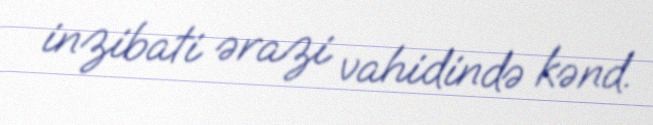
inzibati ərazi vahidində kənd.